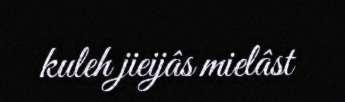
kuleh jieijâs mielâst